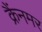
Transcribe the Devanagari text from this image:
क्रैंनमर